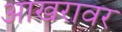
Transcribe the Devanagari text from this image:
आखरावर